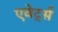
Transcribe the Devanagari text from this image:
एवेर्ट्स